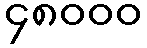
၄၈၀၀၀